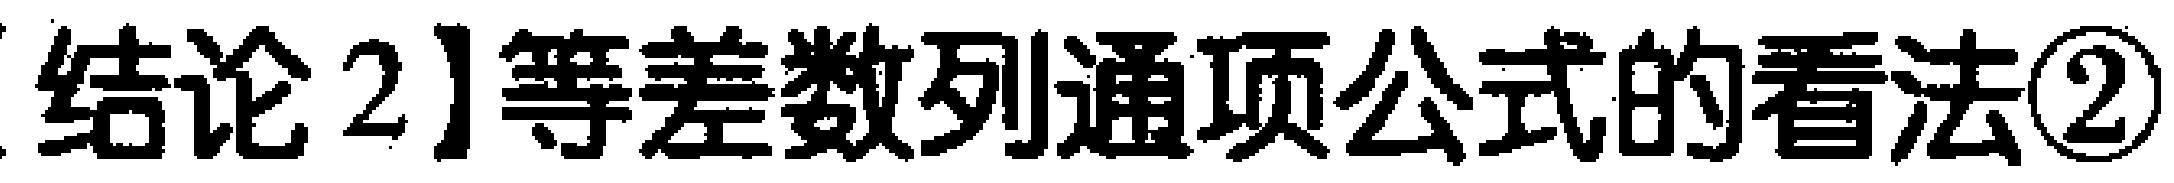
结论2]等差数列通项公式的看法\textcircled{2}